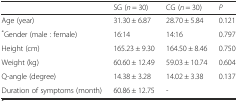
|  | SG (n = 30) | CG (n = 30) | P |
 | --- | --- | --- | --- |
 | Age (year) | 31.30 ± 6.87 | 28.70 ± 5.84 | 0.121 |
 | *Gender (male : female) | 16:14 | 14:16 | 0.797 |
 | Height (cm) | 165.23 ± 9.30 | 164.50 ± 8.46 | 0.750 |
 | Weight (kg) | 60.60 ± 12.49 | 59.03 ± 10.74 | 0.604 |
 | Q-angle (degree) | 14.38 ± 3.28 | 14.02 ± 3.38 | 0.137 |
 | Duration of symptoms (month) | 60.86 ± 12.75 | - |  |